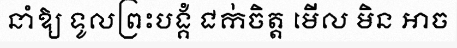
នាំឱ្យ ទូលព្រះបង្គំ ជក់ចិត្ត មើល មិន អាច